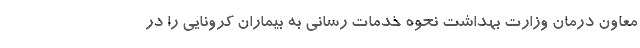
معاون درمان وزارت بهداشت نحوه خدمات رسانی به بیماران کرونایی را در